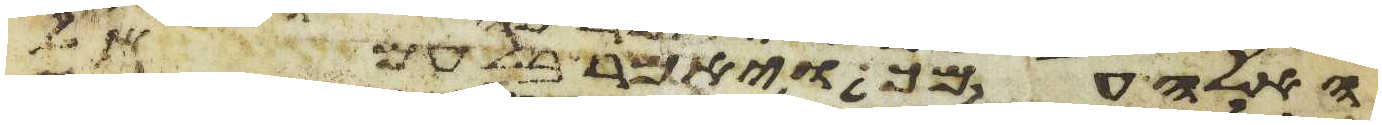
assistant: האלה עמך ויאמר בלעם אל